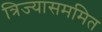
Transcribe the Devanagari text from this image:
त्रिज्यासममित